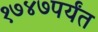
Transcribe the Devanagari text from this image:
१७४७पर्यंत